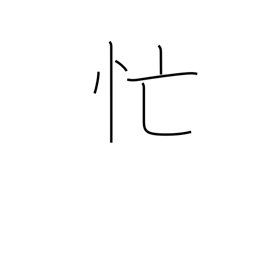
Meaning: busy